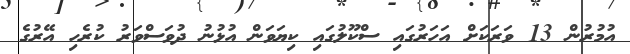
އުމުރުން 13 ވަރަކަށް އަހަރުގައި ސްކޫލުގައި ކިޔަވަން އުޅުނު ދުވަސްވަރު ކުރެހި އޭރުގެ